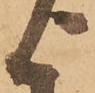
に